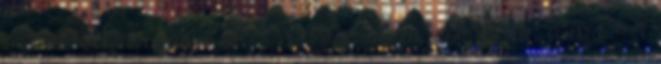
eredményeként fejlôdik Bóly város, valamint annak ipari parkja. A